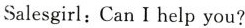
Salesgirl:Can I help you?